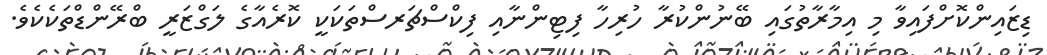
ޑިޒައިންކޮށްފައިވާ މި އިމާރާތުގައި ބޭނުންކުރާ ހުރިހާ ފިޓިންނާއި ފިކްސްޗަރސްތަކަކީ ކޮރެއާގެ ލަގްޒަރީ ބްރޭންޑްތަކެކެވެ.